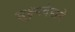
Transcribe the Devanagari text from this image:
सूक्ष्मदेहाने